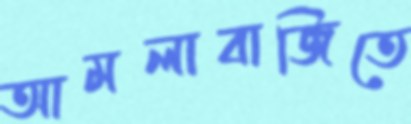
আমলাবাজিতে